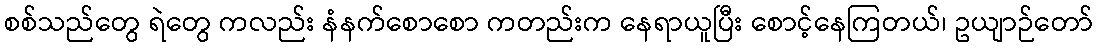
စစ်သည်တွေ ရဲတွေ ကလည်း နံနက်စောစော ကတည်းက နေရာယူပြီး စောင့်နေကြတယ်၊ ဥယျာဉ်တော်